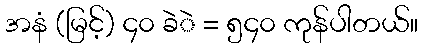
အနံ (မြင့်) ၄၀ ခဲဲ = ၅၄၀ ကုန်ပါတယ်။